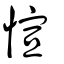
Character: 愃